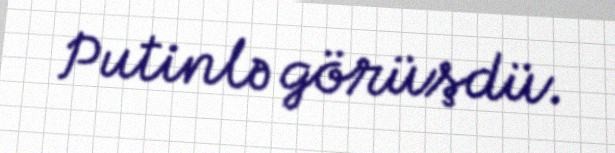
Putinlə görüşdü.